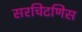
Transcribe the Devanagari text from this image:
सरचिटणिस